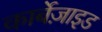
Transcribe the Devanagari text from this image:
कार्बेज़ाइड